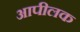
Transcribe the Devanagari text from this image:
आपीलक